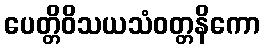
ပေတ္တိဝိသယသံဝတ္တနိကော